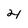
Character: 4